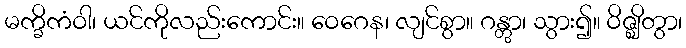
မက္ခိကံဝါ၊ ယင်ကိုလည်းကောင်း။ ဝေဂေန၊ လျင်စွာ။ ဂန္တွာ၊ သွား၍။ ဝိဇ္ဈိတွာ၊